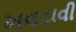
ખવડાવી